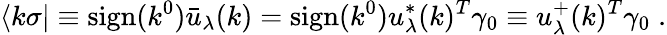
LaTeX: \langle k\sigma|\equiv\mathrm{sign}(k^{0})\bar{u}_{\lambda}(k)=\mathrm{sign}(k^{0})u_{\lambda}^{*}(k)^{T}\gamma_{0}\equiv u_{\lambda}^{+}(k)^{T}\gamma_{0}\; .